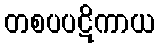
တစပပဋိကာယ